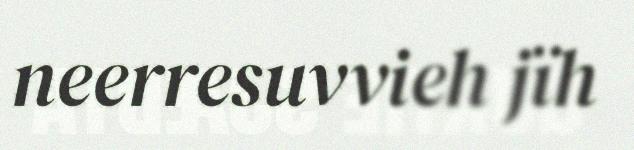
neerresuvvieh jïh